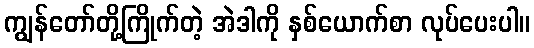
ကျွန်တော်တို့ကြိုက်တဲ့ အဲဒါကို နှစ်ယောက်စာ လုပ်ပေးပါ။